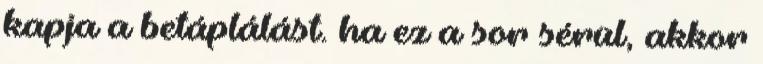
kapja a betáplálást. ha ez a sor sérül, akkor